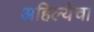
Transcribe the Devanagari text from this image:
अहिल्येचा